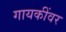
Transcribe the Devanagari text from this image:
गायकींवर